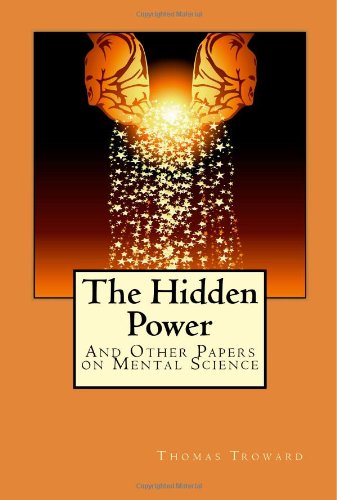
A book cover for The Hidden Power; Thomas Troward; Politics & Social Sciences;